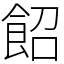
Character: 䬰